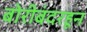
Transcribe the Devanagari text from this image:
बोरीबंदरहून